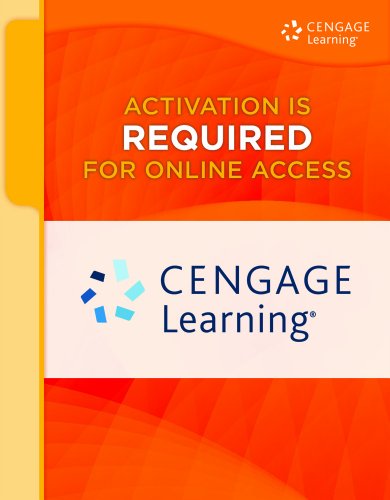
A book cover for SAM 2013 Assessment, Training and Projects with MindTap Reader for Microsoft Office 2013: Illustrated Introductory, First Course v3.0 Multi-Term Printed Access Card; David W. Beskeen; Computers & Technology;